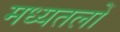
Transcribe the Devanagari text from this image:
मध्यतलों